Bombay plague: being a history of the progress of plague in the Bombay presidency from September 1896 to June 1899
Year: 1896
Disease focus: Plague
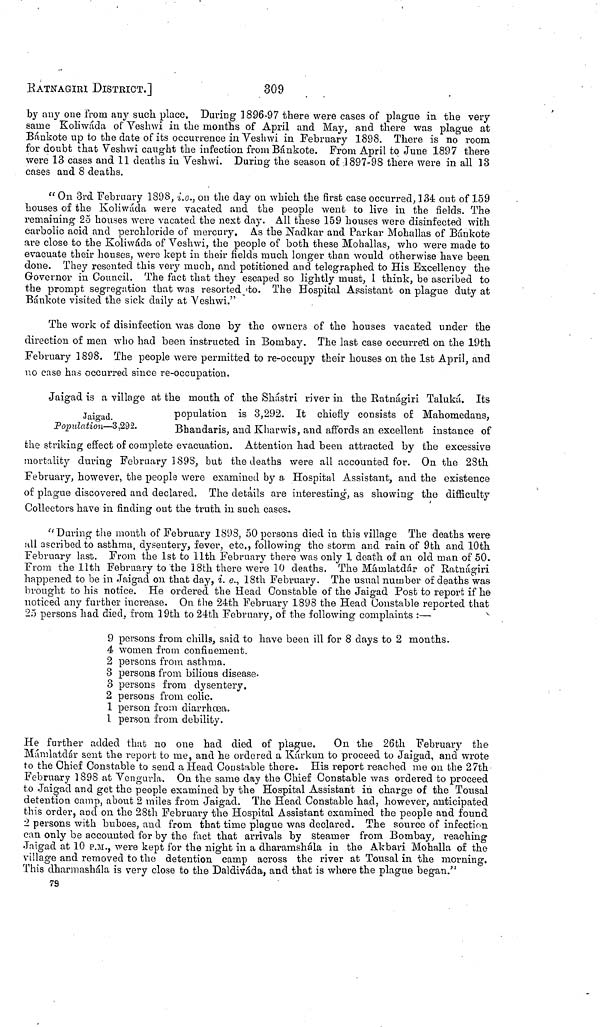
RATNAGIRI DISTRICT.]
309
by any one from any such place. During 1896-97 there were cases of plague in the very
same Koliwáda of Veshwi in the months of April and May, and there was plague at
Bánkote up to the date of its occurrence in Veshwi in February 1898. There is no room
for doubt that Veshwi caught the infection from Bánkote. From April to June 1897 there
were 13 cases and 11 deaths in Veshwi. During the season of ,1897-98 there were in all 13
cases and 8 deaths.
"On 3rd February 1898, i.e., on the day on which the first case occurred, 134 out of 159
houses of the Koliwáda were vacated and the people went to live in the fields. The
remaining 25 houses were vacated the next day. All these 159 houses were disinfected with
carbolic acid and perchloride of mercury. As the Nadkar and Parkar Mohallas of Bánkote
are close to the Koliwáda of Veshwi, the people of both these Mohallas, who were made to
evacuate their houses, were kept in their fields much longer than would otherwise have been
done. They resented this very much, and petitioned and telegraphed to His Excellency the
Governor in Council. The fact that they escaped so lightly must, I think, be ascribed to
the prompt segregation that was resorted to. The Hospital Assistant on plague duty at
Bánkote visited the sick daily at Veshwi."
The work of disinfection was done by the owners of the houses vacated under the
direction of men who had been instructed in Bombay. The last case occurred on the 19th
February 1898. The people were permitted to re-occupy their houses on the 1st April, and
no case has occurred since re-occupation.
Jaigad.
Population—3,292.
Jaigad is a village at the mouth of the Shástri river in the Ratnágiri Taluká. Its
population is 3,292. It chiefly consists of Mahomedans,
Bhaudaris, and Kharwis, and affords an excellent instance of
the striking effect of complete evacuation. Attention had been attracted by the excessive
mortality during February 1893, but the deaths were all accounted for. On the 28th
February, however, the people were examined by a Hospital Assistant, and the existence
of plague discovered and declared. The details are interesting, as showing the difficulty
Collectors have in finding out the truth in such cases.
" During the mouth of February 1898, 50 persons died in this village The deaths were
all ascribed to asthma, dysentery, fever, etc., following the storm and rain of 9th and 10th
February last. From the 1st to 11th February there was only 1 death of an old man of 50.
From the 11th February to the 18th there were 10 deaths. The Mámlatdár of Ratnágiri
happened to be in Jaigad on that day, i. e., 18th February. The usual number of deaths was
brought to his notice. He ordered the Head Constable of the Jaigad Post to report if he
noticed any further increase. On the 24th February 1898 the Head Constable reported that
25 persons had died, from 19th to 24th February, of the following complaints :—
9 persons from chills, said to have been ill for 8 days to 2 months.
4 women from confinement.
2 persons from asthma.
3 persons from bilious disease.
3 persons from dysentery.
2 persons from colic.
1 person from diarrhoea.
1 person from debility.
He further added that no one had died of plague.
On the 26th February the
Mámlatdár sent the report to me, and he ordered a Kárkun to proceed to Jaigad, and wrote
to the Chief Constable to send a Head Constable there. His report reached me on the 27th
February 3 898 at Vengurla. On the same day the Chief Constable was ordered to proceed
to Jaigad and get the people examined by the Hospital Assistant in charge of the Tousal
detention camp, about 2 miles from Jaigad. The Head Constable had, however, anticipated
this order, and on the 28th February the Hospital Assistant examined the people and found
"2 persons with buboes, and from that time plague was declared. The source of infection
can only be accounted for by the fact that arrivals by steamer from Bombay, reaching
Jaigad at 10 P.M., were kept for the night in a dharamshála in the Akbari Mohalla of the
village and removed to the detention camp across the river at Tousal in the morning.
This dharmashála is very close to the Daldiváda, and that is where the plague began."
73